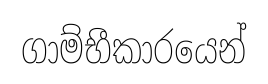
ගාම්භීකාරයෙන්